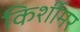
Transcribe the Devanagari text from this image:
किर्शीमर